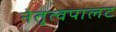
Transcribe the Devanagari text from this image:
नेतृत्वपालट